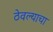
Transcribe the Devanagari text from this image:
ठेवल्याचा